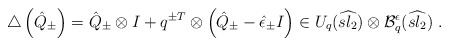
\begin{align*}\triangle \left( \hat{Q}_{\pm} \right) =\hat{Q}_{\pm} \otimes I + q^{\pm T} \otimes \left( \hat{Q}_{\pm} -\hat{\epsilon}_{\pm} I \right) \in U_{q}(\widehat{sl_2}) \otimes\mathcal{B}^{\epsilon}_q (\widehat{sl_2}) \ .\end{align*}